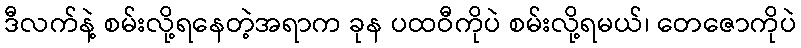
ဒီလက်နဲ့ စမ်းလို့ရနေတဲ့အရာက ခုန ပထဝီကိုပဲ စမ်းလို့ရမယ်၊ တေဇောကိုပဲ